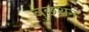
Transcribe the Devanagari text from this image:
वुछथन